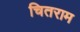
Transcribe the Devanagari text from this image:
चितराम